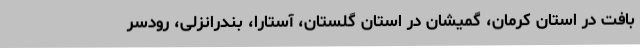
بافت در استان کرمان، گمیشان در استان گلستان، آستارا، بندرانزلی، رودسر